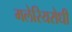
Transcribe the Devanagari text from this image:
मलेरियरोधी